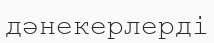
дәнекерлерді